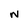
Character: n